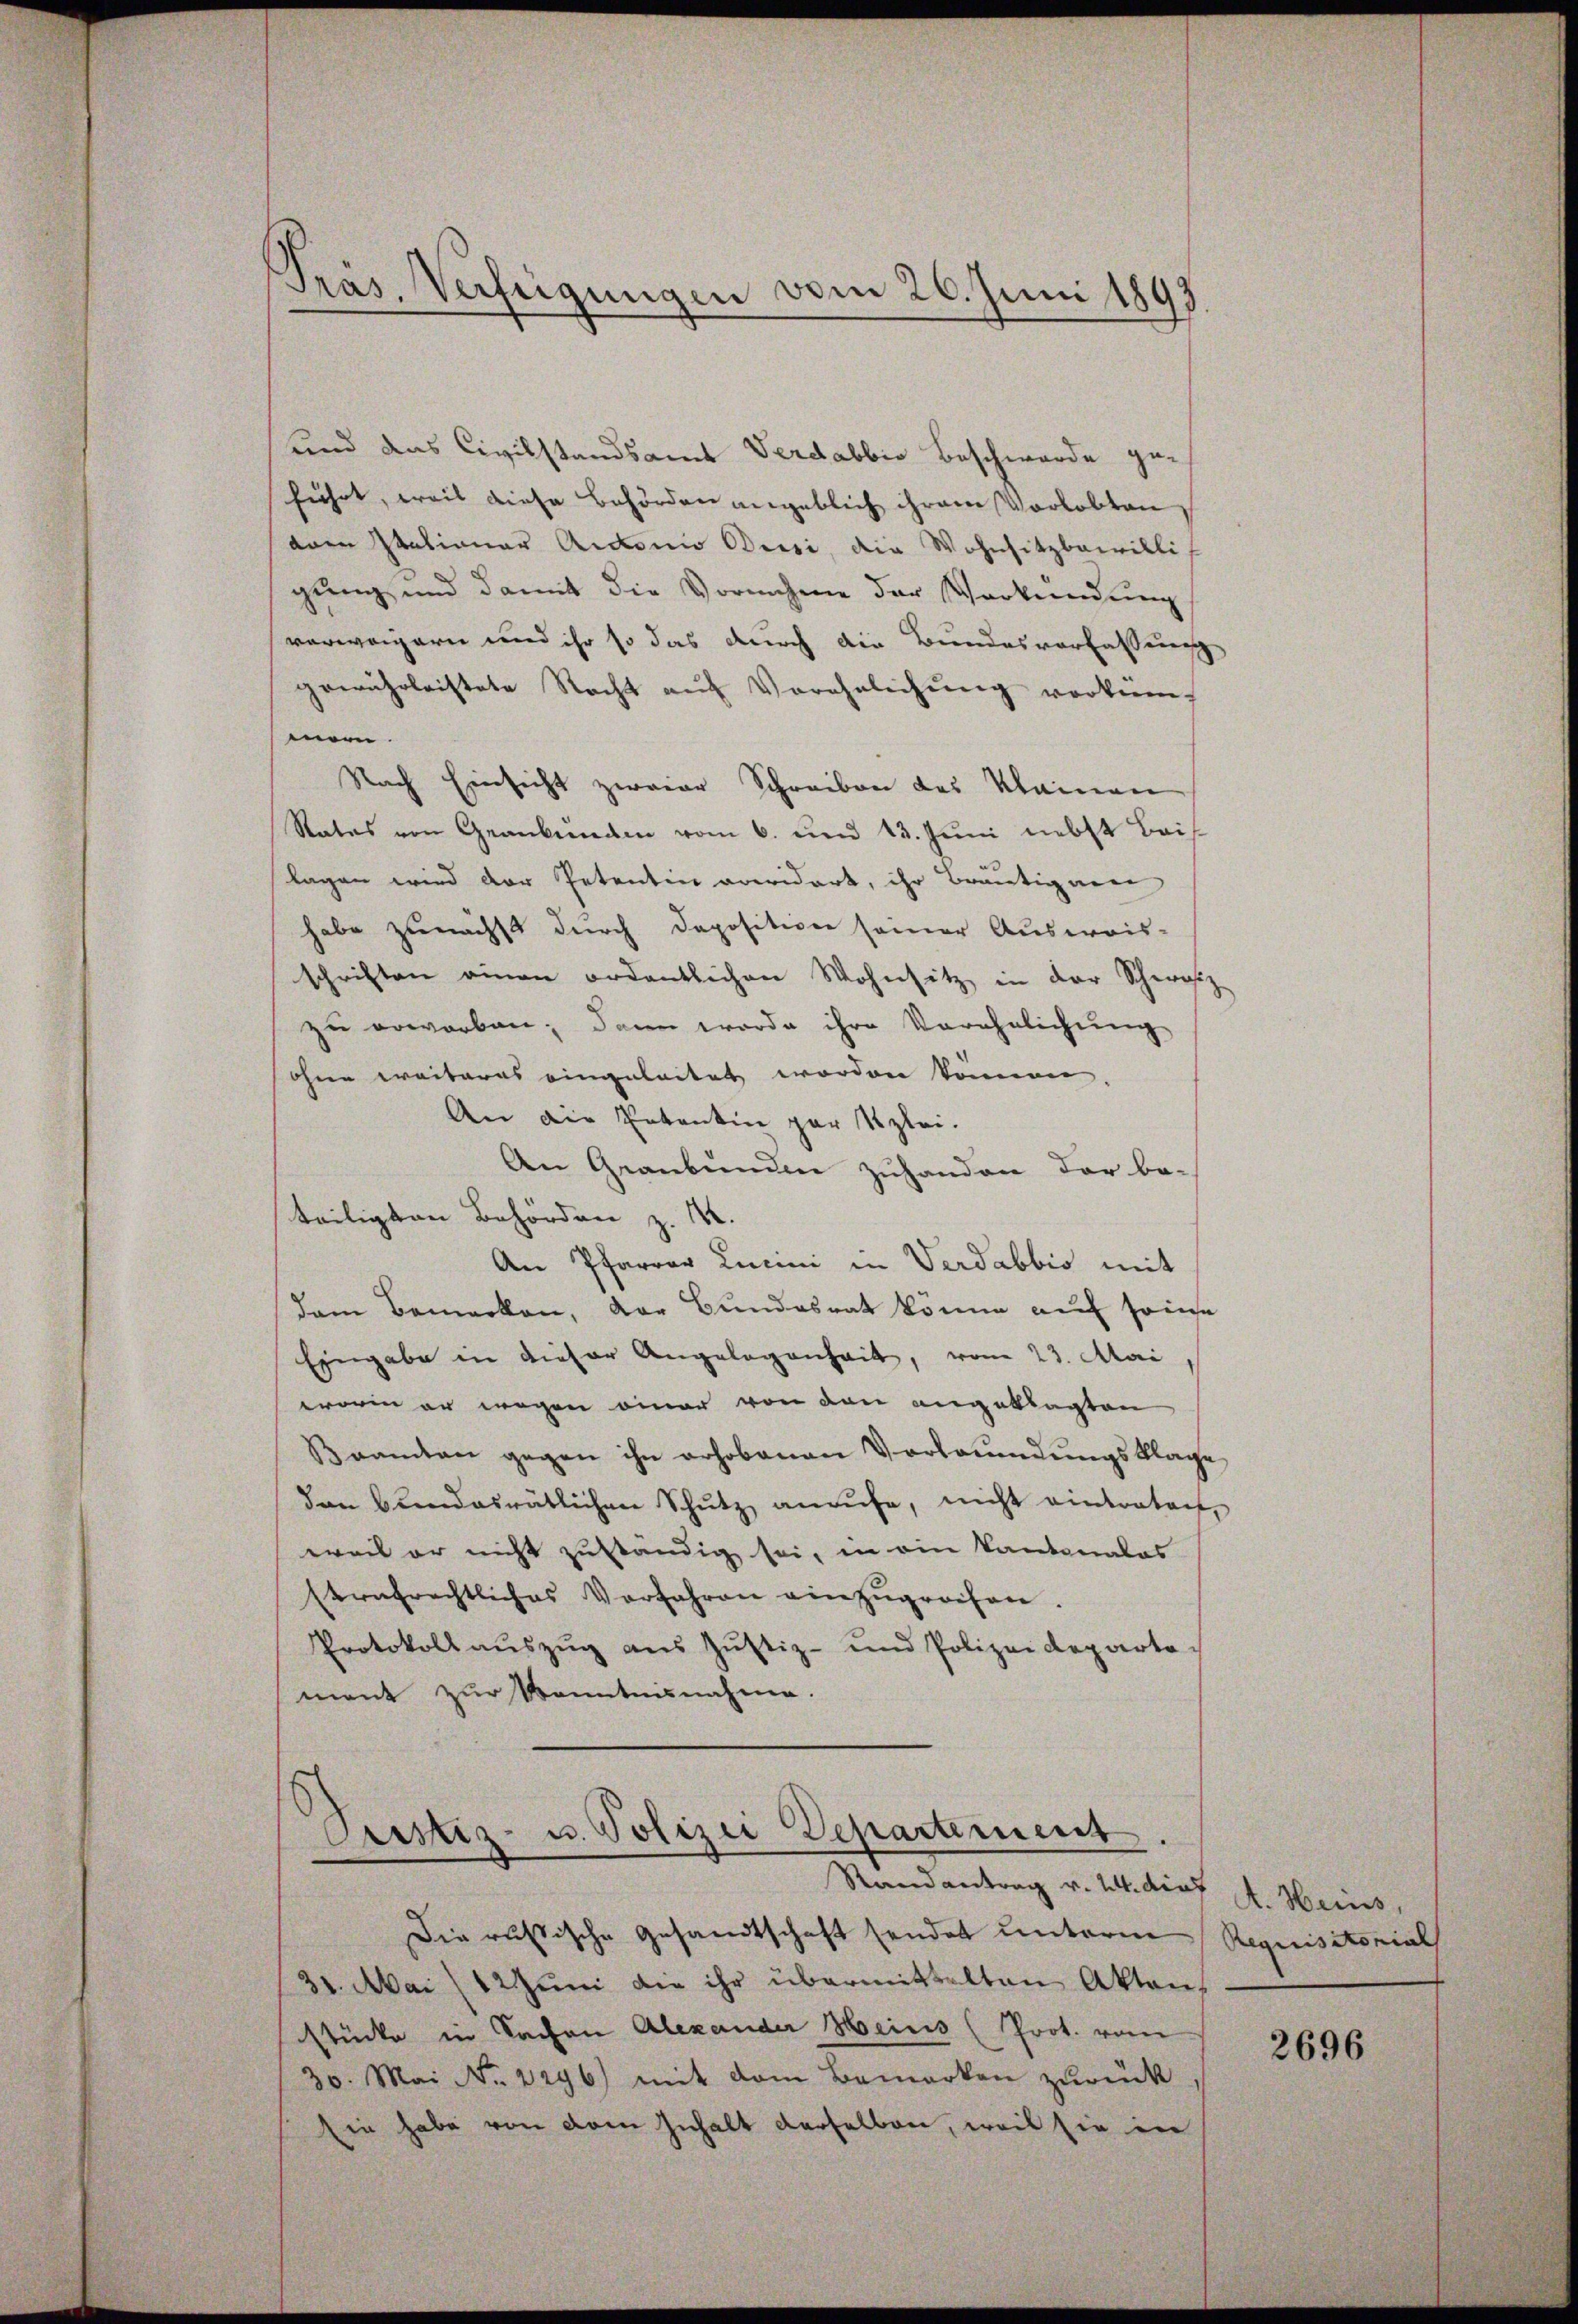
Präs. Verfügungen vom 26. Juni 1893

und das Civilstandsamt Verdabbio Beschwerde ge-
führt, weil diese Behörden angeblich ihrem Verlobten
aar Stationar Aidonio Beisi, die Wohnsitzbewilligung und damit die Vornahme der Verkündung
verweigern und ihr so das durch die Bundesverfassung
gewährleistete Recht aŭf Verehelichŭng vorkommein.
Nach Einsicht zweier Schreiben des Kleinen
Rates von Grankunden vom 6. und 13. Juni nebst Beis
lagen wird der Petentin anwidert, ihr Bräutigarn
habe zunächst durch Depositive seiner Ausweis-
schriften amen ordentlichen Wohnsitz in der Schweiz
zu erworben; dann worde ihre Verehelichung
ohne weiteres eingeleitet worden können.
An die Petentin par Kzlei-
An Graubünden zuhanden der be-
teiligten Behörden z. B.
An Pfarrer Lucini in Verdabbis mit
dem Bemerken, der Bundesrat könne auf seinse
Eingabe in dieser Angelegenheit, vom 23. Mai
worin er wegen einer von den angeklagten
namten gegen ihn erhobenen Vorleumdungsklage
dan bundesrätlichen Schutz anrufe, nicht eintraten,
weil er nicht zuständig sei, in ein Kantonales
strafrechtliches Vorfahren einzŭgreifen.
Protokoll aŭszŭg aus Justiz- und Polizeideparta
ment zur Kenntnisnahme.
Justiz- u. Polizei Departement.
Randantrag v. 24. dief
Die russische Gesandtschaft sendet unterm
31. Mai 12 Jŭni die ihr übermittelten Akten,
stücke in Sachen Alexander Heins (Prot. vom
30. Mai Nr. 2296) mit dem Bemerken zurück
Ein habe von dem Inhalt derselben, weil sie in

A. Heins,
Requisitorial

2696